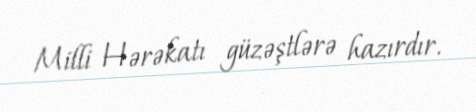
Milli Hərəkatı güzəştlərə hazırdır.